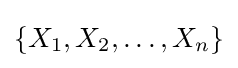
\{X_{1},X_{2},\dots ,X_{n}\}